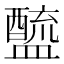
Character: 𨣓